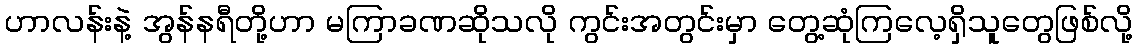
ဟာလန်းနဲ့ အွန်နရီတို့ဟာ မကြာခဏဆိုသလို ကွင်းအတွင်းမှာ တွေ့ဆုံကြလေ့ရှိသူတွေဖြစ်လို့